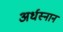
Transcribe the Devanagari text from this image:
अर्धस्नान